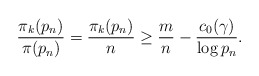
\begin{align*} \frac{\pi_k(p_n)}{\pi(p_n)} = \frac{\pi_k(p_n)}{n} \geq \frac{m}{n} - \frac{c_0(\gamma)}{\log p_n}.\end{align*}